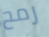
رمح